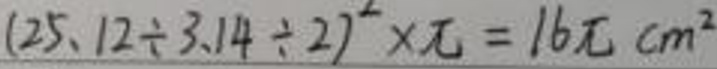
$(25.12\div3.14\div2)^{2}\times\pi = 16\pi\ cm^{2}$